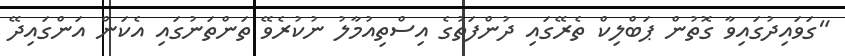
"ގަވައިދުގައިވާ ގޮތުން ޕަބްލިކް ތެރޭގައި ދުންފަތުގެ އިސްތިއުމާލު ނުކުރެވޭ ތަންތަނުގައި އެކަން އަންގައިދޭ